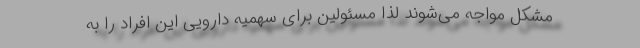
مشکل مواجه می‌شوند لذا مسئولین برای سهمیه دارویی این افراد را به